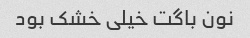
نون باگت خیلی خشک بود